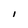
Character: I